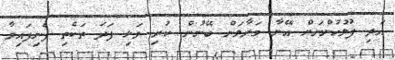
އަދި ފުލުހުންނަށް އޭނާ މަރާލަން ބޭނުން ކުރި ވަޅި ފަދަ ތަކެތި ފެނިފައިވާ